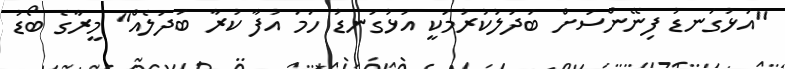
"އަޅުގަނޑު ފިނޭންސަށް ބަދަލުކުރުމަކީ އަޅުގަނޑު ހަމަ އުފާ ކުރާ ބަދަލެއް" މީރާގެ ބޯޑު